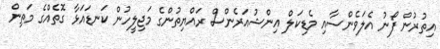
އިތުރުން ފޯނު އެލަވެންސާއި މެޑިކަލް އިންޝުއަރެންސް ރައްޔިތުންގެ މަޖިލީހުން ކަނޑައަޅާ ގޮތެއްގެ މަތިން